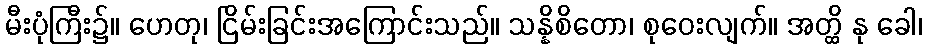
မီးပုံကြီး၌။ ဟေတု၊ ငြိမ်းခြင်းအကြောင်းသည်။ သန္နိစိတော၊ စုဝေးလျက်။ အတ္ထိ နု ခေါ၊